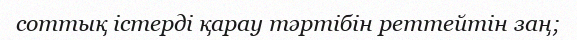
соттық істерді қарау тәртібін реттейтін заң;